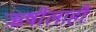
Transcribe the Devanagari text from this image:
ऋषीलाही